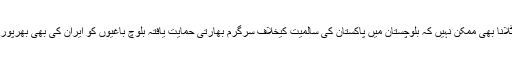
ان حقائق کو جھٹلانا بھی ممکن نہیں کہ بلوچستان میں پاکستان کی سالمیت کیخلاف سرگرم بھارتی حمایت یافتہ بلوچ باغیوں کو ایران کی بھی بھرپور مدد حاصل ہے۔